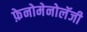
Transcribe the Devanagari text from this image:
फ़ेनोमेनोलॅजी